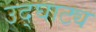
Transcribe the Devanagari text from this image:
उद्घाट्य